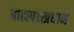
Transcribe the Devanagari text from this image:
बाह्यपक्षप्रधान